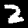
Digit: 2